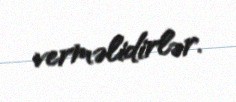
verməlidirlər.